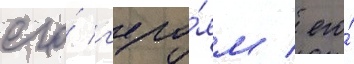
его́ г'еро́ям / его́